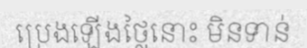
ប្រេងឡើងថ្លៃនោះ មិនទាន់